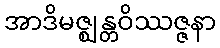
အာဒိမဇ္ဈန္တဝိဿဇ္ဇနာ